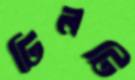
ঢিলটি